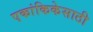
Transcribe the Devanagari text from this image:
एकांकिकेसाठी